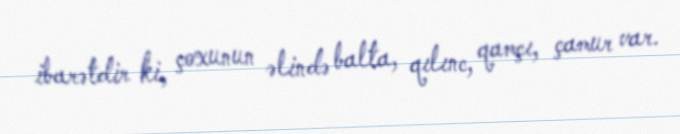
ibarətdir ki, çoxunun əlində balta, qılınc, qamçı, çamur var.